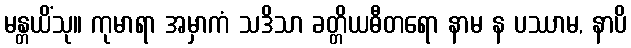
မန္တယိံသု။ ကုမာရာ အမှာကံ သဒိသာ ခတ္တိယဓီတရော နာမ န ပဿာမ, နာပိ